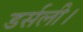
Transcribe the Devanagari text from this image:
डर्सली।